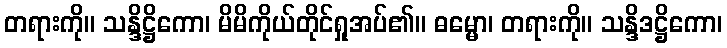
တရားကို။ သန္ဒိဋ္ဌိကော၊ မိမိကိုယ်တိုင်ရှုအပ်၏။ ဓမ္မော၊ တရားကို။ သန္ဒိဒဋ္ဌိကော၊